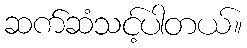
ဆက်ဆံသင့်ပါတယ်။